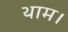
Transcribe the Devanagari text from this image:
थाम।